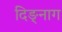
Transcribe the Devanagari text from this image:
दिङ्‌नाग